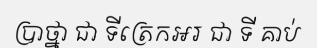
ប្រាថ្នា ជា ទីត្រេកអរ ជា ទី គាប់